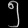
Digit: ၅